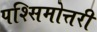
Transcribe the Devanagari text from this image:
पश्सिमोत्तरी